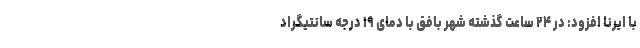
با ایرنا افزود: در ۲۴ ساعت گذشته شهر بافق با دمای ۱۹ درجه سانتیگراد